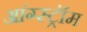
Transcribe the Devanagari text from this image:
आंग्स्ट्रॉम